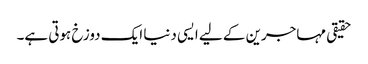
حقیقی مہاجرین کے لیے ایسی دنیا ایک دوزخ ہوتی ہے۔